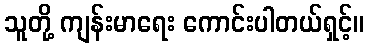
သူတို့ ကျန်းမာရေး ကောင်းပါတယ်ရှင့်။